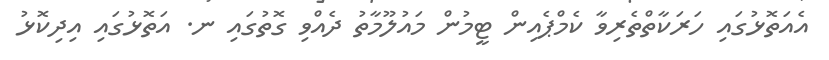
އެއަތޮޅުގައި ހަރަކާތްތެރިވާ ކެމްޕެއިން ޓީމުން މައުލޫމާތު ދެއްވި ގޮތުގައި ނ. އަތޮޅުގައި އިދިކޮޅު